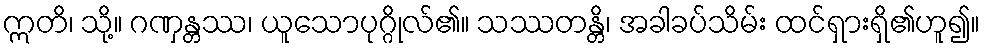
ဣတိ၊ သို့။ ဂဏှန္တဿ၊ ယူသောပုဂ္ဂိုလ်၏။ သဿတန္တိ၊ အခါခပ်သိမ်း ထင်ရှားရှိ၏ဟူ၍။